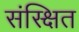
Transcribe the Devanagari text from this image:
संस्क्षित